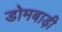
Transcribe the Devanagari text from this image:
डोमबाड़ी